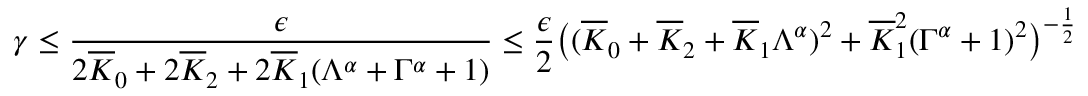
\gamma \le \frac { \epsilon } { 2 \overline { { K } } _ { 0 } + 2 \overline { { K } } _ { 2 } + 2 \overline { { K } } _ { 1 } ( \Lambda ^ { \alpha } + \Gamma ^ { \alpha } + 1 ) } \le \frac { \epsilon } { 2 } \big ( ( \overline { { K } } _ { 0 } + \overline { { K } } _ { 2 } + \overline { { K } } _ { 1 } \Lambda ^ { \alpha } ) ^ { 2 } + \overline { { K } } _ { 1 } ^ { 2 } ( \Gamma ^ { \alpha } + 1 ) ^ { 2 } \big ) ^ { - \frac { 1 } { 2 } }